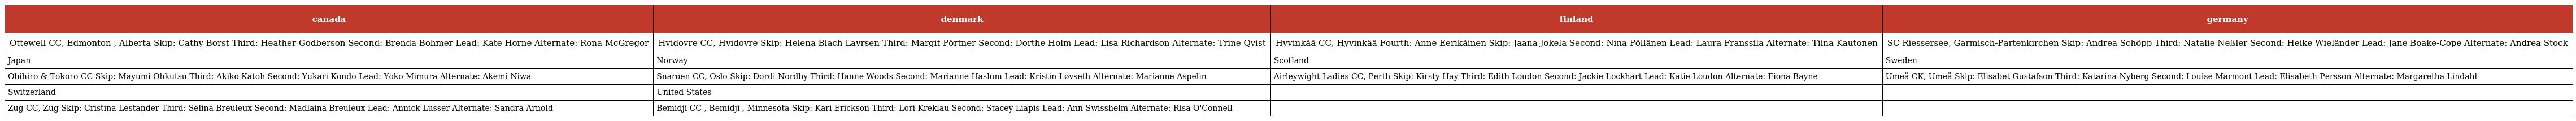
| canada | denmark | finland | germany |
 | --- | --- | --- | --- |
 | Ottewell CC, Edmonton , Alberta Skip: Cathy Borst Third: Heather Godberson Second: Brenda Bohmer Lead: Kate Horne Alternate: Rona McGregor | Hvidovre CC, Hvidovre Skip: Helena Blach Lavrsen Third: Margit Pörtner Second: Dorthe Holm Lead: Lisa Richardson Alternate: Trine Qvist | Hyvinkää CC, Hyvinkää Fourth: Anne Eerikäinen Skip: Jaana Jokela Second: Nina Pöllänen Lead: Laura Franssila Alternate: Tiina Kautonen | SC Riessersee, Garmisch-Partenkirchen Skip: Andrea Schöpp Third: Natalie Neßler Second: Heike Wieländer Lead: Jane Boake-Cope Alternate: Andrea Stock |
 | Japan | Norway | Scotland | Sweden |
 | Obihiro & Tokoro CC Skip: Mayumi Ohkutsu Third: Akiko Katoh Second: Yukari Kondo Lead: Yoko Mimura Alternate: Akemi Niwa | Snarøen CC, Oslo Skip: Dordi Nordby Third: Hanne Woods Second: Marianne Haslum Lead: Kristin Løvseth Alternate: Marianne Aspelin | Airleywight Ladies CC, Perth Skip: Kirsty Hay Third: Edith Loudon Second: Jackie Lockhart Lead: Katie Loudon Alternate: Fiona Bayne | Umeå CK, Umeå Skip: Elisabet Gustafson Third: Katarina Nyberg Second: Louise Marmont Lead: Elisabeth Persson Alternate: Margaretha Lindahl |
 | Switzerland | United States |  |  |
 | Zug CC, Zug Skip: Cristina Lestander Third: Selina Breuleux Second: Madlaina Breuleux Lead: Annick Lusser Alternate: Sandra Arnold | Bemidji CC , Bemidji , Minnesota Skip: Kari Erickson Third: Lori Kreklau Second: Stacey Liapis Lead: Ann Swisshelm Alternate: Risa O'Connell |  |  |